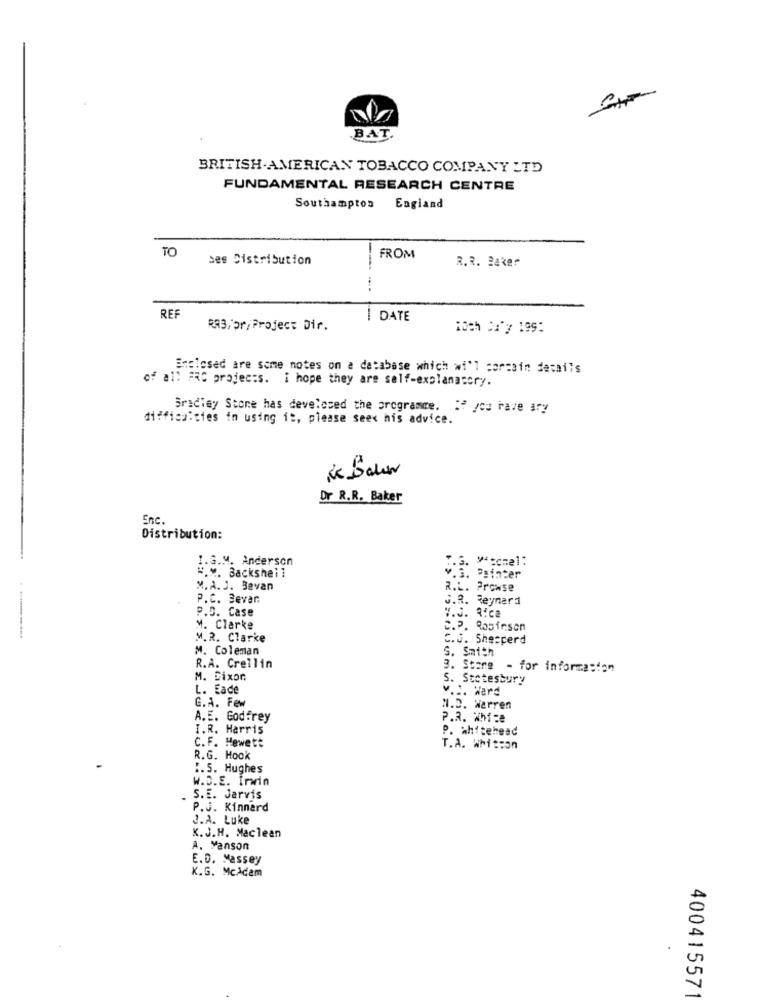
BAT.
BRITISH AMERICAN TOBACCO COMPANY LTD
FUNDAMENTAL RESEARCH CENTRE
Southampton England
TO
ses Distribution
---
FROM
R.R. 2aker
-...
REF
I DATE
RA3/or/ Project Dir.
ioch Ca"y 199:
Enclosed are some notes on a database which wi'l coresin details
of all #RC projects. I hope they are self-explanatory.
Bradley Stone has develosed the programme. If you have ary
difficulties in using it, please seex his advice.
Dr R.R. Baker
Inc .
Distribution:
1.G.M. Anderson
.G. "ccmel:
".M. Backshei ]
v.G. Psinter
M.A. J. Bevan
R.L. Prowse
P.C. Bevar
S.R. Reynard
P.D. Case
V.J. R:ca
M. Clarke
P. Robinson
M.R. Clarke
C.J. Shepperd
M. Coleman
S. Smith
R.A. Crellin
3. Store - for information
M. Dixon
S. Stotesbury
L. Eade
v .:. Ward
G.A. Few
M.D. Warren
A.E. Godfrey
P.3. White
I.R. Harris
P. Whitehead
C.F. Hewett
T.A. Whitson
R.G. Hook
1.5. Hughes
W.O.E. Inin
S.E. Jarvis
P.J. Kinnard
J.A. Luke
K.J.H. Maclean
A. Manson
E.D. Massey
K.G. McAdam
400415571